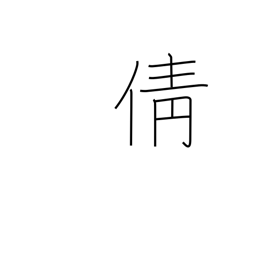
Meaning: profoundly